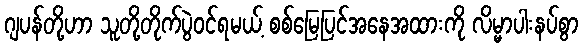
ဂျပန်တို့ဟာ သူတို့တိုက်ပွဲဝင်ရမယ့် စစ်မြေပြင်အနေအထားကို လိမ္မာပါးနပ်စွာ